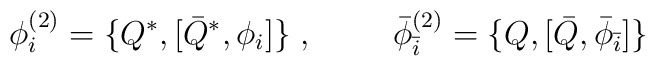
\phi_{i}^{(2)} = \{ Q^* , [ {\bar Q}^* , \phi_{i} ] \} \; ,\hspace{1cm} {\bar \phi}_{\bar i}^{(2)} = \{ Q , [ {\bar Q} ,{\bar \phi}_{\bar i} ] \}